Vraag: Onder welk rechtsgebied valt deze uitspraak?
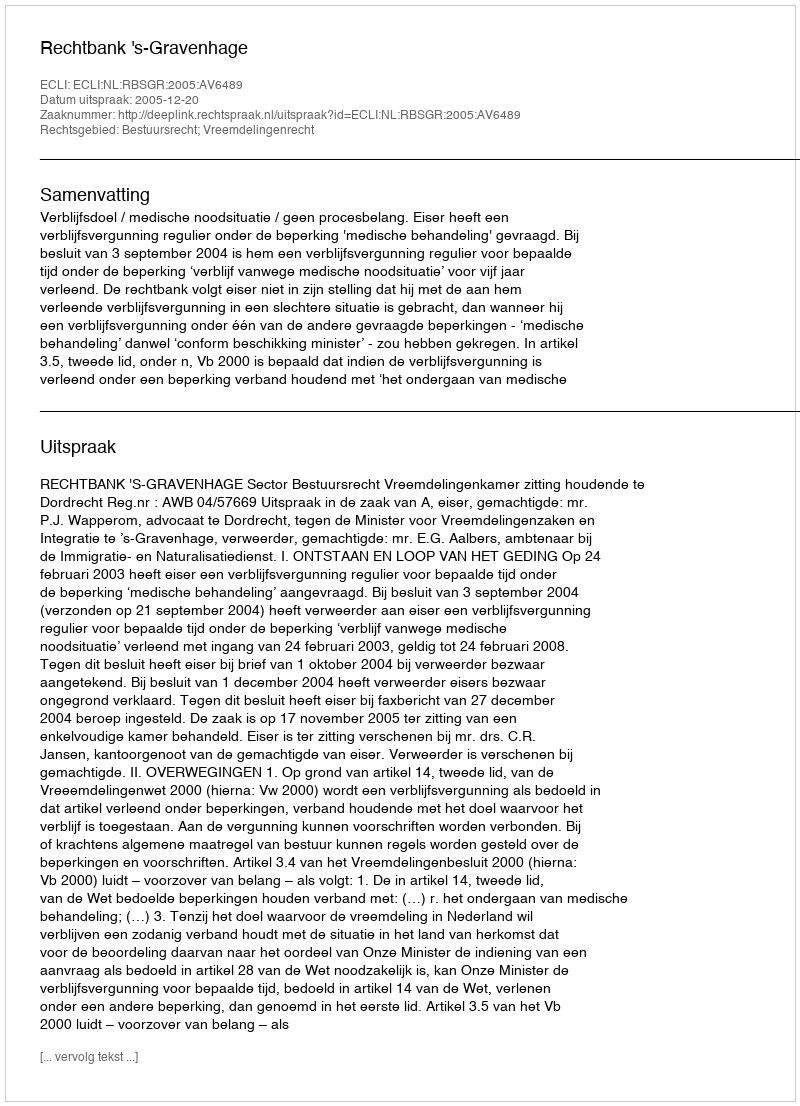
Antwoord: Bestuursrecht; Vreemdelingenrecht